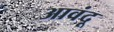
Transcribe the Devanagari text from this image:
आवंदू